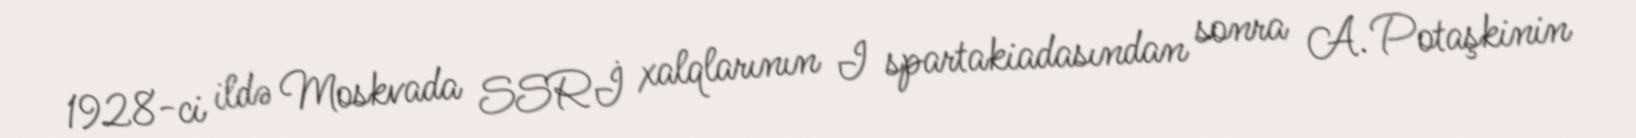
1928-ci ildə Moskvada SSRİ xalqlarının I spartakiadasından sonra A. Potaşkinin